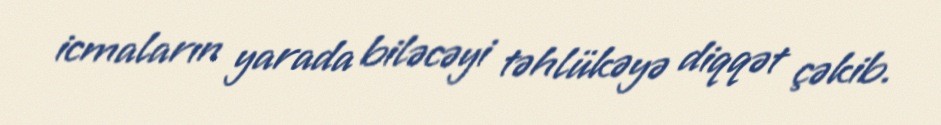
icmaların yarada biləcəyi təhlükəyə diqqət çəkib.